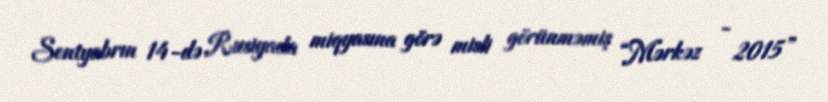
Sentyabrın 14-də Rusiyada miqyasına görə misli görünməmiş “Mərkəz - 2015”